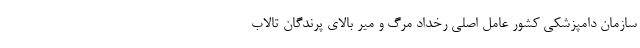
سازمان دامپزشکی کشور عامل اصلی رخداد مرگ و میر بالای پرندگان تالاب